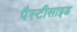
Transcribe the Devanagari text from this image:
पैस्टीसाइड